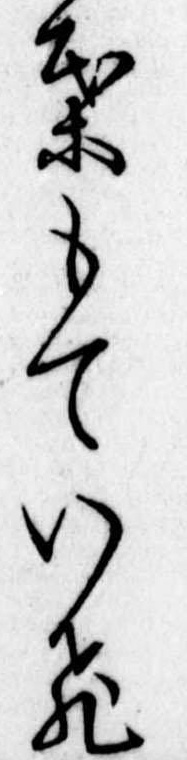
葉もていひ